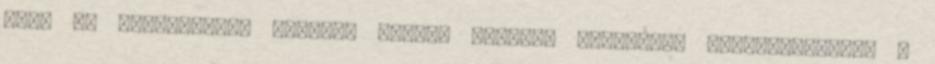
elég jó megoldásnak tartom, amivel ésszerű mértéküre csökkenthetőek a